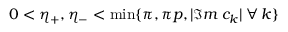
0 < \eta _ { + } , \eta _ { - } < \operatorname * { m i n } \{ \pi , \pi p , | \Im m \: c _ { k } | \: \forall \: k \}